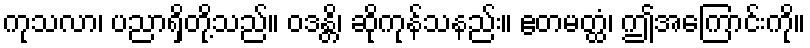
ကုသလာ၊ ပညာရှိတို့သည်။ ဝဒန္တိ၊ ဆိုကုန်သနည်း။ ဧတမတ္ထံ၊ ဤအကြောင်းကို။